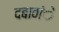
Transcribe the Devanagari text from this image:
दबावांे